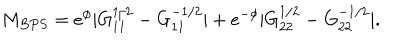
LaTeX: M _ { B P S } = e ^ { \phi } | G _ { 1 1 } ^ { 1 / 2 } - G _ { 1 1 } ^ { - 1 / 2 } | + e ^ { - \phi } | G _ { 2 2 } ^ { 1 / 2 } - G _ { 2 2 } ^ { - 1 / 2 } | .